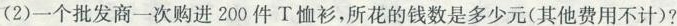
(2)一个批发商一次购进200件T恤衫，所花的钱数是多少元(其他费用不计)?